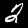
Label: 2